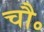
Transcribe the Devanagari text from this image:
चौ॰